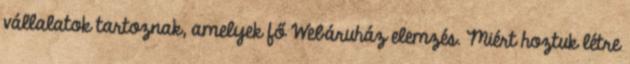
vállalatok tartoznak, amelyek fő Webáruház elemzés. Miért hoztuk létre